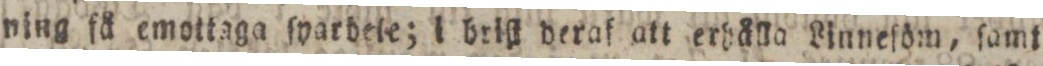
ning få emottaga ſparbele; i briſt deraf att erbålla Linneſöm, ſamt